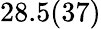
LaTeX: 28.5(37)